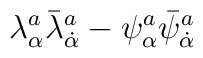
\lambda^a_\alpha\bar{\lambda}^a_{\dot\alpha} -\psi^a_\alpha\bar{\psi}^a_{\dot\alpha}